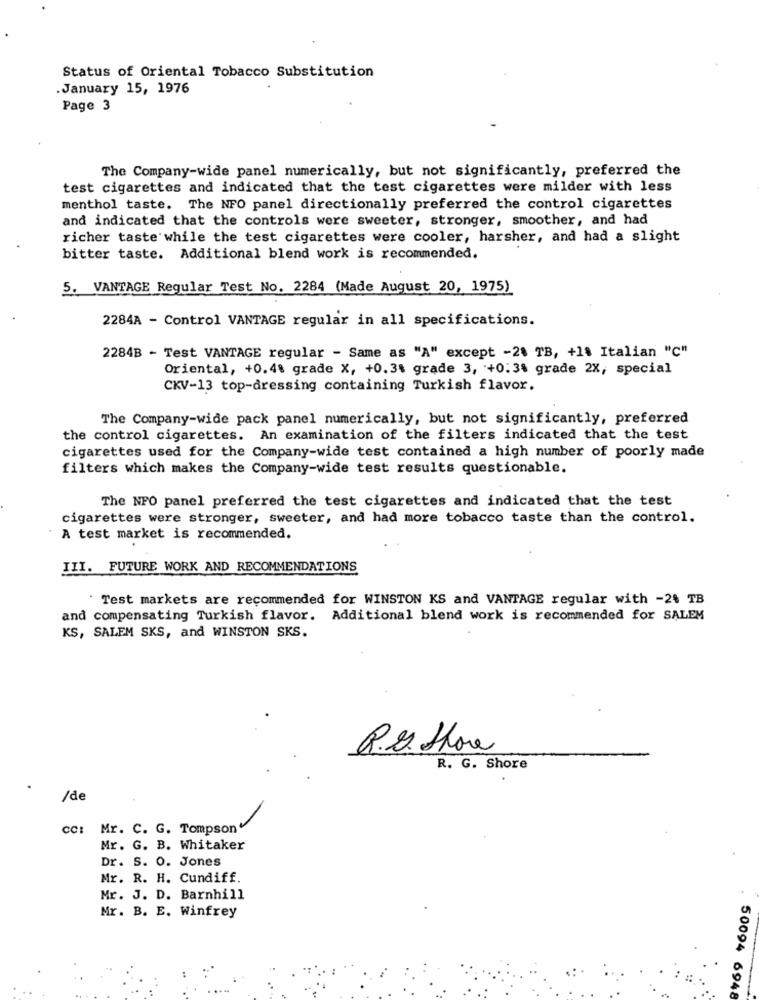
Status of Oriental Tobacco Substitution
January 15, 1976
Page 3
The Company-wide panel numerically, but not significantly, preferred the
test cigarettes and indicated that the test cigarettes were milder with less
menthol taste. The NFO panel directionally preferred the control cigarettes
and indicated that the controls were sweeter, stronger, smoother, and had
richer taste while the test cigarettes were cooler, harsher, and had a slight
bitter taste. Additional blend work is recommended.
5. VANTAGE Regular Test No. 2284 (Made August 20, 1975)
2284A - Control VANTAGE regular in all specifications.
2284B - Test VANTAGE regular - Same as "A" except -2% TB, +1% Italian "C"
Oriental, +0.48 grade X, +0.3% grade 3, +0:3% grade 2X, special
CKV-13 top-dressing containing Turkish flavor.
The Company-wide pack panel numerically, but not significantly, preferred
the control cigarettes. An examination of the filters indicated that the test
cigarettes used for the Company-wide test contained a high number of poorly made
filters which makes the Company-wide test results questionable.
The NFO panel preferred the test cigarettes and indicated that the test
cigarettes were stronger, sweeter, and had more tobacco taste than the control.
A test market is recommended.
III. FUTURE WORK AND RECOMMENDATIONS
" Test markets are recommended for WINSTON KS and VANTAGE regular with -24 TB
and compensating Turkish flavor. Additional blend work is recommended for SALEM
KS, SALEM SKS, and WINSTON SKS.
R.D. Shore
R. G. Shore
.
/de
cc: Mr. C. G. Tompson
Mr. G. B. Whitaker
Dr. S. O. Jones
Mr. R. H. Cundiff.
Mr. J. D. Barnhill
Mr. B. E. Winfrey
50094 6948